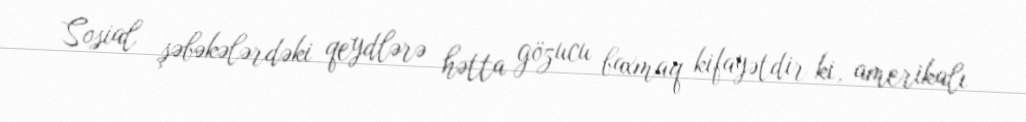
Sosial şəbəkələrdəki qeydlərə hətta gözucu baxmaq kifayətdir ki, amerikalı